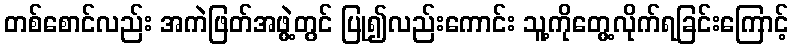
တစ်စောင်လည်း အကဲဖြတ်အဖွဲ့တွင် ပြု၍လည်းကောင်း သူ့ကိုတွေ့လိုက်ရခြင်းကြောင့်